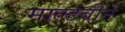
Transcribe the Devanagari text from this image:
माल्टबीने